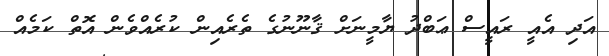
އަދި އެއީ ރައީސް ޢަބްދު ޔާމީނަށް ޤާނޫނުގެ ތެރެއިން ކުރެއްވެން އޮތް ކަމެއް